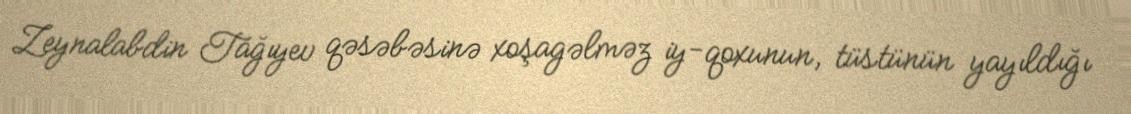
Zeynalabdin Tağıyev qəsəbəsinə xoşagəlməz iy-qoxunun, tüstünün yayıldığı